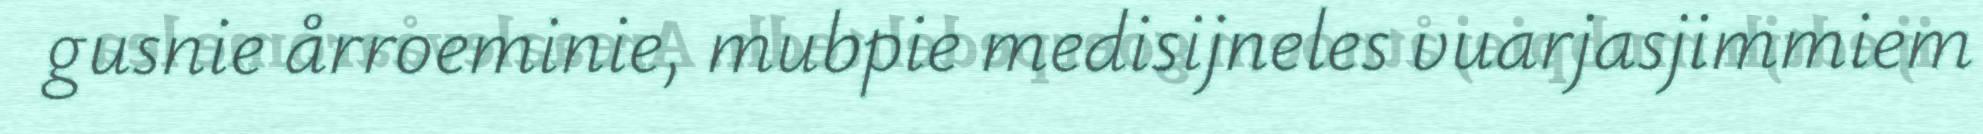
gusnie årroeminie, mubpie medisijneles vuarjasjimmiem